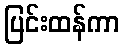
ပြင်းထန်ကာ